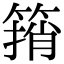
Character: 䈰